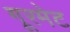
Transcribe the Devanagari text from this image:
गूरमेट